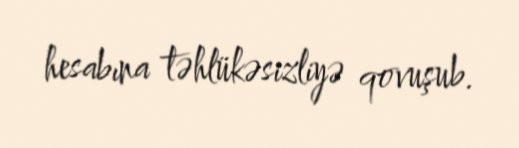
hesabına təhlükəsizliyə qovuşub.